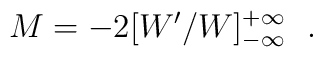
M=-2[W'/W]^{+\infty}_{-\infty}~~.